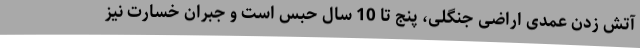
آتش زدن عمدی اراضی جنگلی، پنج تا 10 سال حبس است و جبران خسارت نیز